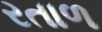
રતાળ